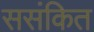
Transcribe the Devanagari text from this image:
ससंकित